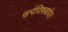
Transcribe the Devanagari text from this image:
सर्पविषबाधेत